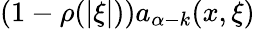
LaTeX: (1-\rho(|\xi|))a_{\alpha-k}(x,\xi)